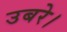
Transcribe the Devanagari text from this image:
उबरे।